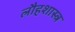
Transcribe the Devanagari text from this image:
लौहशास्त्र